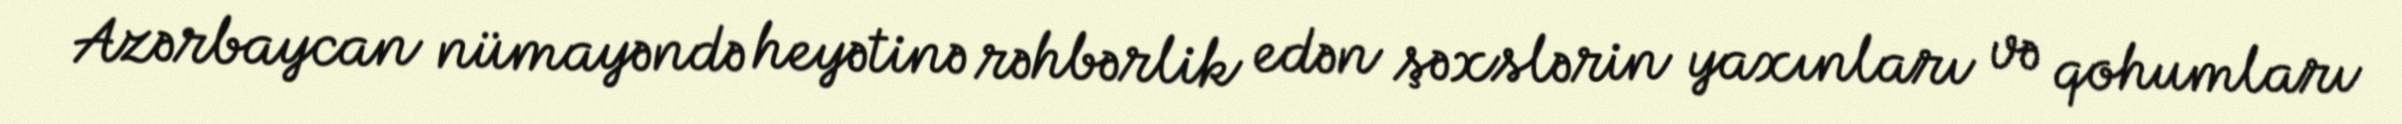
Azərbaycan nümayəndə heyətinə rəhbərlik edən şəxslərin yaxınları və qohumları